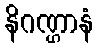
နိဂဏ္ဌာနံ